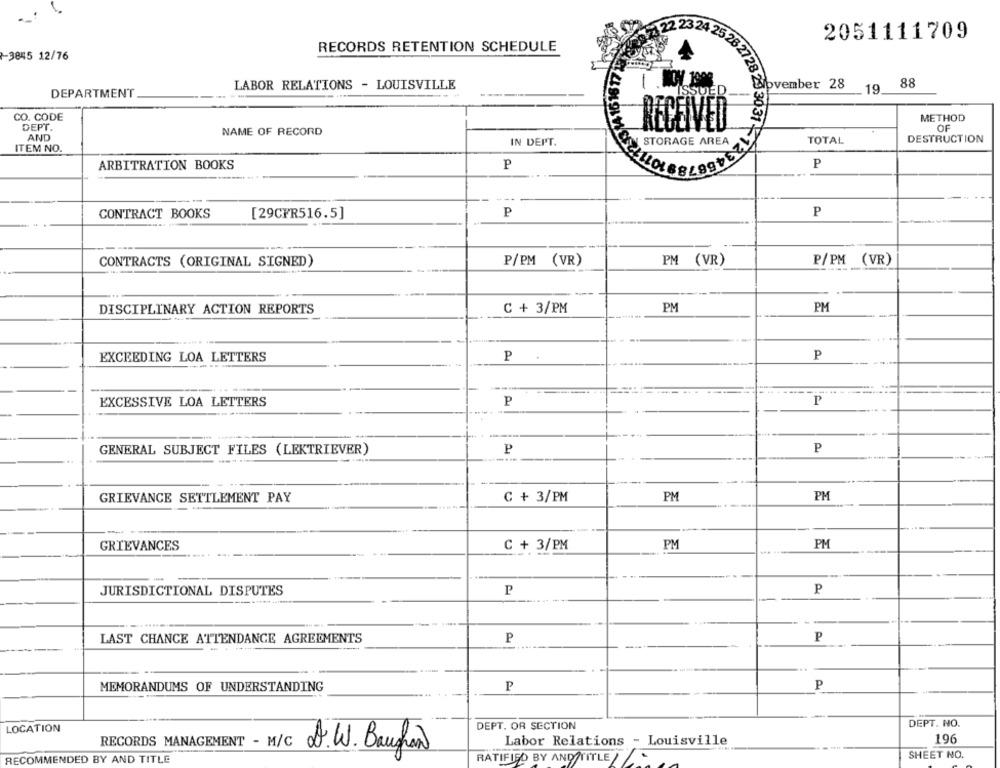
2051111709
RECORDS RETENTION SCHEDULE
-3845 12/76
LABOR RELATIONS - LOUISVILLE
88
DEPARTMENT.
ISS
Biovember 28
19
CO. CODE
METHOD
DEPT.
RECEIVED
28 29 3031 -
OF
AND
NAME OF RECORD
TOTAL
DESTRUCTION
IN DEPT.
STORAGE AREA
14667891011
12
ITEM NO.
ARBITRATION BOOKS
P
P
CONTRACT BOOKS
[29CFR516.5]
P
P
P/PM (VR)
PM (VR)
P/PM
(VR)
CONTRACTS (ORIGINAL SIGNED)
PM
PM
DISCIPLINARY ACTION REPORTS
C + 3/PM
EXCEEDING LOA LETTERS
P .
P
EXCESSIVE LOA LETTERS
P
P
GENERAL SUBJECT FILES (LEKTRIEVER)
P
P
GRIEVANCE SETTLEMENT PAY
C + 3/PM
PM
PM
C + 3/PM
PM
PM
GRIEVANCES
JURISDICTIONAL DISPUTES
P
P
P
LAST CHANCE ATTENDANCE AGREEMENTS
P
P
MEMORANDUMS OF UNDERSTANDING
P
LOCATION
DEPT. OR SECTION
DEPT. NO.
Labor Relations - Louisville
196
MANAGEMENT -
S. W. Baughon
RECOMMENDED BY AND TITLE
RATIFIED BY AND/TITLE /
SHEET NO.